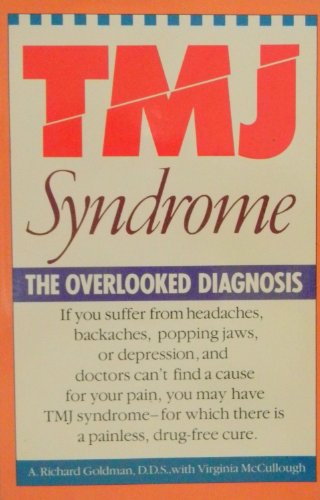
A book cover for Tmj Syndrome: The Overlooked Diagnosis; A. Richard Goldman; Medical Books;